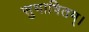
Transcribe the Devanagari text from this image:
सुभाषितम्।